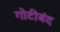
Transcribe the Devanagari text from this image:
गोटीबंद